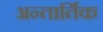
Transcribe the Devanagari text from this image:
अन्तार्तिक